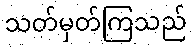
သတ်မှတ်ကြသည်